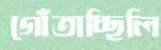
গোঁতাচ্ছিলি